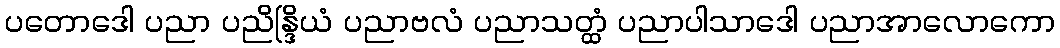
ပတောဒေါ ပညာ ပညိန္ဒြိယံ ပညာဗလံ ပညာသတ္ထံ ပညာပါသာဒေါ ပညာအာလောကော